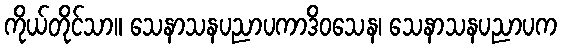
ကိုယ်တိုင်သာ။ သေနာသနပညာပကာဒိဝသေန၊ သေနာသနပညာပက